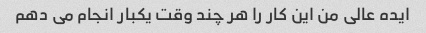
ایده عالی من این کار را هر چند وقت یکبار انجام می دهم